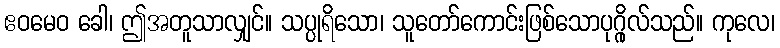
ဧဝမေဝ ခေါ၊ ဤအတူသာလျှင်။ သပ္ပုရိသော၊ သူတော်ကောင်းဖြစ်သောပုဂ္ဂိုလ်သည်။ ကုလေ၊